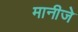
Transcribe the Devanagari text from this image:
मानीजे